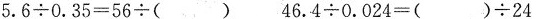
$$5 . 6 \div 0 . 3 5 = 5 6 \div ( )$$ $$4 6 . 4 \div 0 . 0 2 4 = ( ) \div 2 4$$